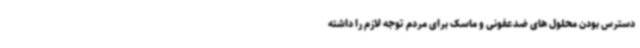
دسترس بودن محلول های ضدعفونی و ماسک برای مردم توجه لازم را داشته